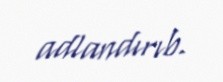
adlandırıb.